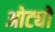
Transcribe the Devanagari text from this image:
ओट्यो